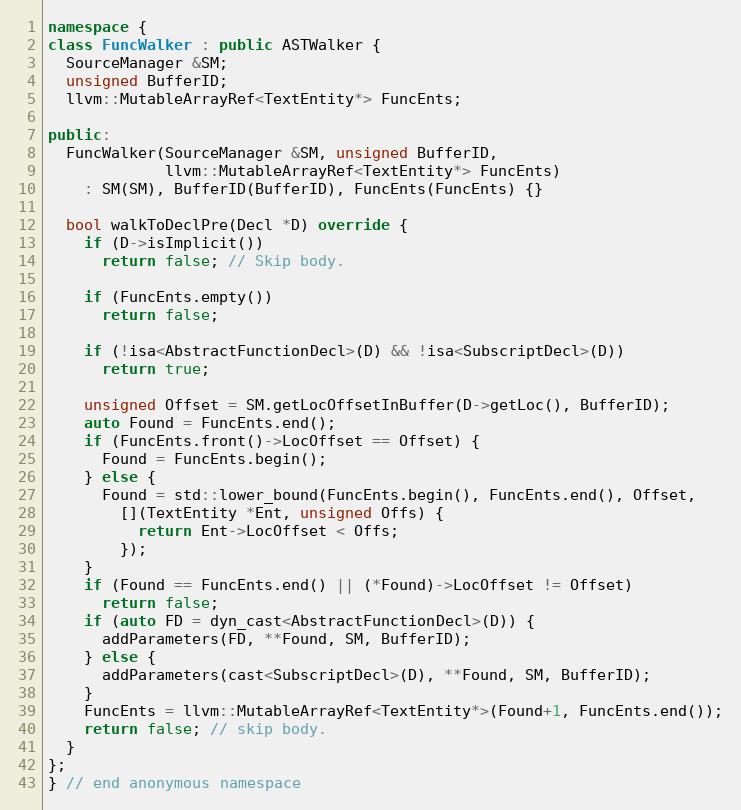
Language: C++
namespace {
class FuncWalker : public ASTWalker {
  SourceManager &SM;
  unsigned BufferID;
  llvm::MutableArrayRef<TextEntity*> FuncEnts;

public:
  FuncWalker(SourceManager &SM, unsigned BufferID,
             llvm::MutableArrayRef<TextEntity*> FuncEnts)
    : SM(SM), BufferID(BufferID), FuncEnts(FuncEnts) {}

  bool walkToDeclPre(Decl *D) override {
    if (D->isImplicit())
      return false; // Skip body.

    if (FuncEnts.empty())
      return false;

    if (!isa<AbstractFunctionDecl>(D) && !isa<SubscriptDecl>(D))
      return true;

    unsigned Offset = SM.getLocOffsetInBuffer(D->getLoc(), BufferID);
    auto Found = FuncEnts.end();
    if (FuncEnts.front()->LocOffset == Offset) {
      Found = FuncEnts.begin();
    } else {
      Found = std::lower_bound(FuncEnts.begin(), FuncEnts.end(), Offset,
        [](TextEntity *Ent, unsigned Offs) {
          return Ent->LocOffset < Offs;
        });
    }
    if (Found == FuncEnts.end() || (*Found)->LocOffset != Offset)
      return false;
    if (auto FD = dyn_cast<AbstractFunctionDecl>(D)) {
      addParameters(FD, **Found, SM, BufferID);
    } else {
      addParameters(cast<SubscriptDecl>(D), **Found, SM, BufferID);
    }
    FuncEnts = llvm::MutableArrayRef<TextEntity*>(Found+1, FuncEnts.end());
    return false; // skip body.
  }
};
} // end anonymous namespace